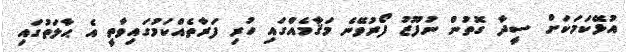
އުޅޭކަމަކަށް ސީދާ ގޮތުން ނުފޫޒު ފޯރުވޭނެ މަޤާމެއްގައި ހުރި ފަރާތެއްކަމުގައިވާތީ އެ ޙާލަތުގައި